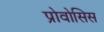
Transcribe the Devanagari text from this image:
प्रोवोसिस